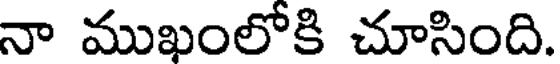
నా ముఖంలోకి చూసింది.